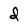
Character: d